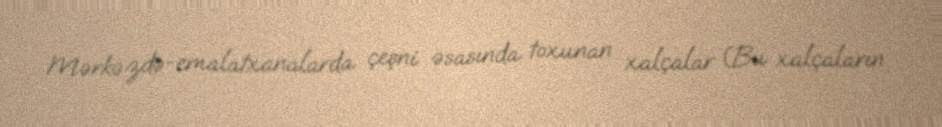
Mərkəzdə-emalatxanalarda çeşni əsasında toxunan xalçalar (Bu xalçaların